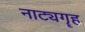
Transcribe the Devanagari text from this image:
नाट्यगॄह